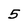
Character: 5